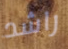
راشد